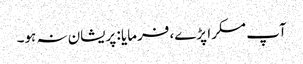
آپ مسکرا پڑے، فرمایا : پریشان نہ ہو۔